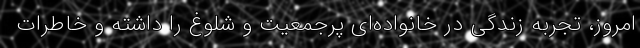
امروز، تجربه زندگی در خانواده‌ای پرجمعیت و شلوغ را داشته و خاطرات